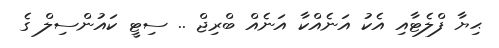
ޙިޔާ ފްލެޓާއި އެކު އަނެއްކާ އަނެއް ބްރިޖް .. ސިޓީ ކައުންސިލް ގެ